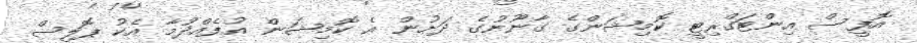
އޮފީސް އިންޓަގްރިޓީ ކޮމިޝަންގެ ގާނޫނުގެ ދަށުން އެ ކޮމިޝަން އުފެއްދުމާ އެކު ޕޮލިސް